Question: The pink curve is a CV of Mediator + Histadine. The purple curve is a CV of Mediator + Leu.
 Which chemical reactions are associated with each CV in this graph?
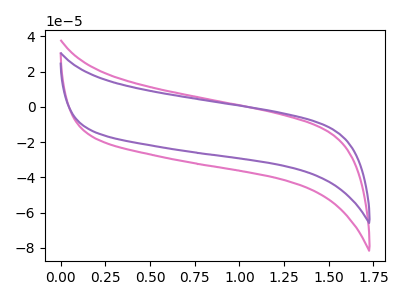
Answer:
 <answer>The pink curve is labeled "Mediator + Histadine". The purple curve is labeled "Mediator + Leu".</answer>
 <eval></eval>